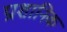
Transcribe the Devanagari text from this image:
प्राशानिक